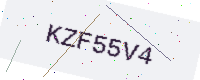
Text: KZF55V4